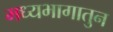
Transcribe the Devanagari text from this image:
मध्यभागातुन